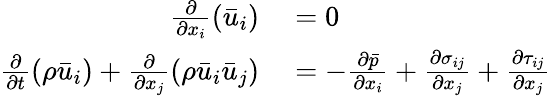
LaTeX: \begin{array}{rl}{\frac{\partial}{\partial x_{i}}\left(\bar{u}_{i}\right)}&{{}=0}\\ {\frac{\partial}{\partial t}\left(\rho\bar{u}_{i}\right)+\frac{\partial}{\partial x_{j}}\left(\rho\bar{u}_{i}\bar{u}_{j}\right)}&{{}=-\frac{\partial\bar{p}}{\partial x_{i}}+\frac{\partial\sigma_{ij}}{\partial x_{j}}+\frac{\partial\tau_{ij}}{\partial x_{j}}}\end{array}